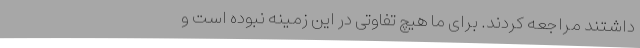
داشتند مراجعه کردند. برای ما هیچ تفاوتی در این زمینه نبوده است و